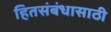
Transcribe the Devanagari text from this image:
हितसंबंधासाठी